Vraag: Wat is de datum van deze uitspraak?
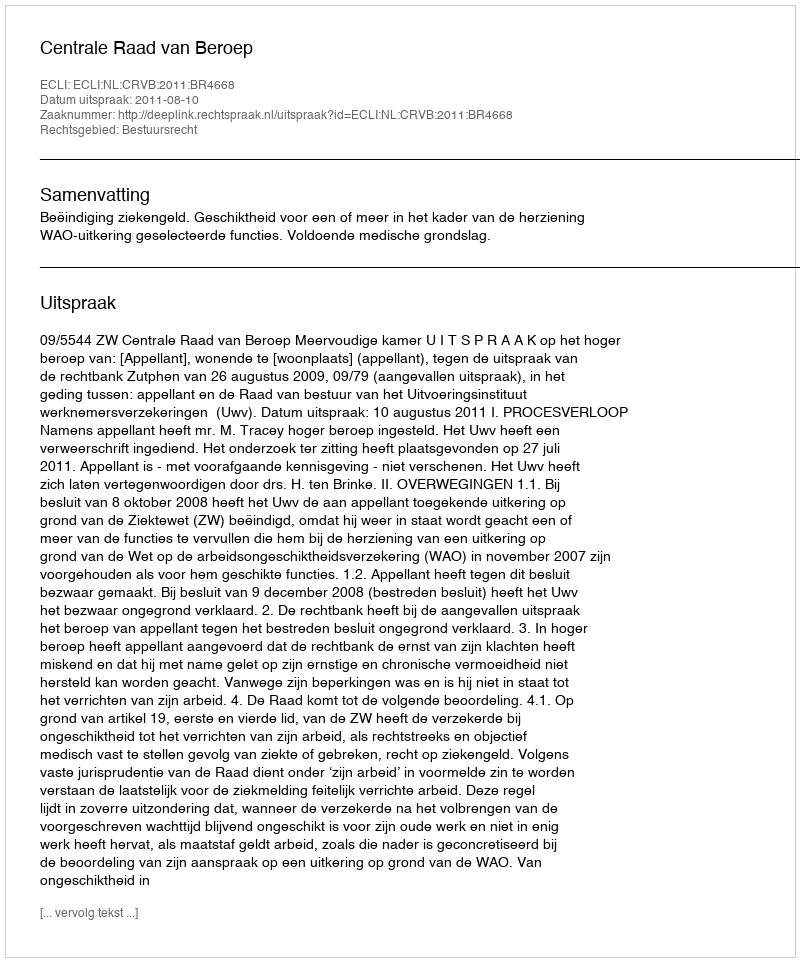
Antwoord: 2011-08-10